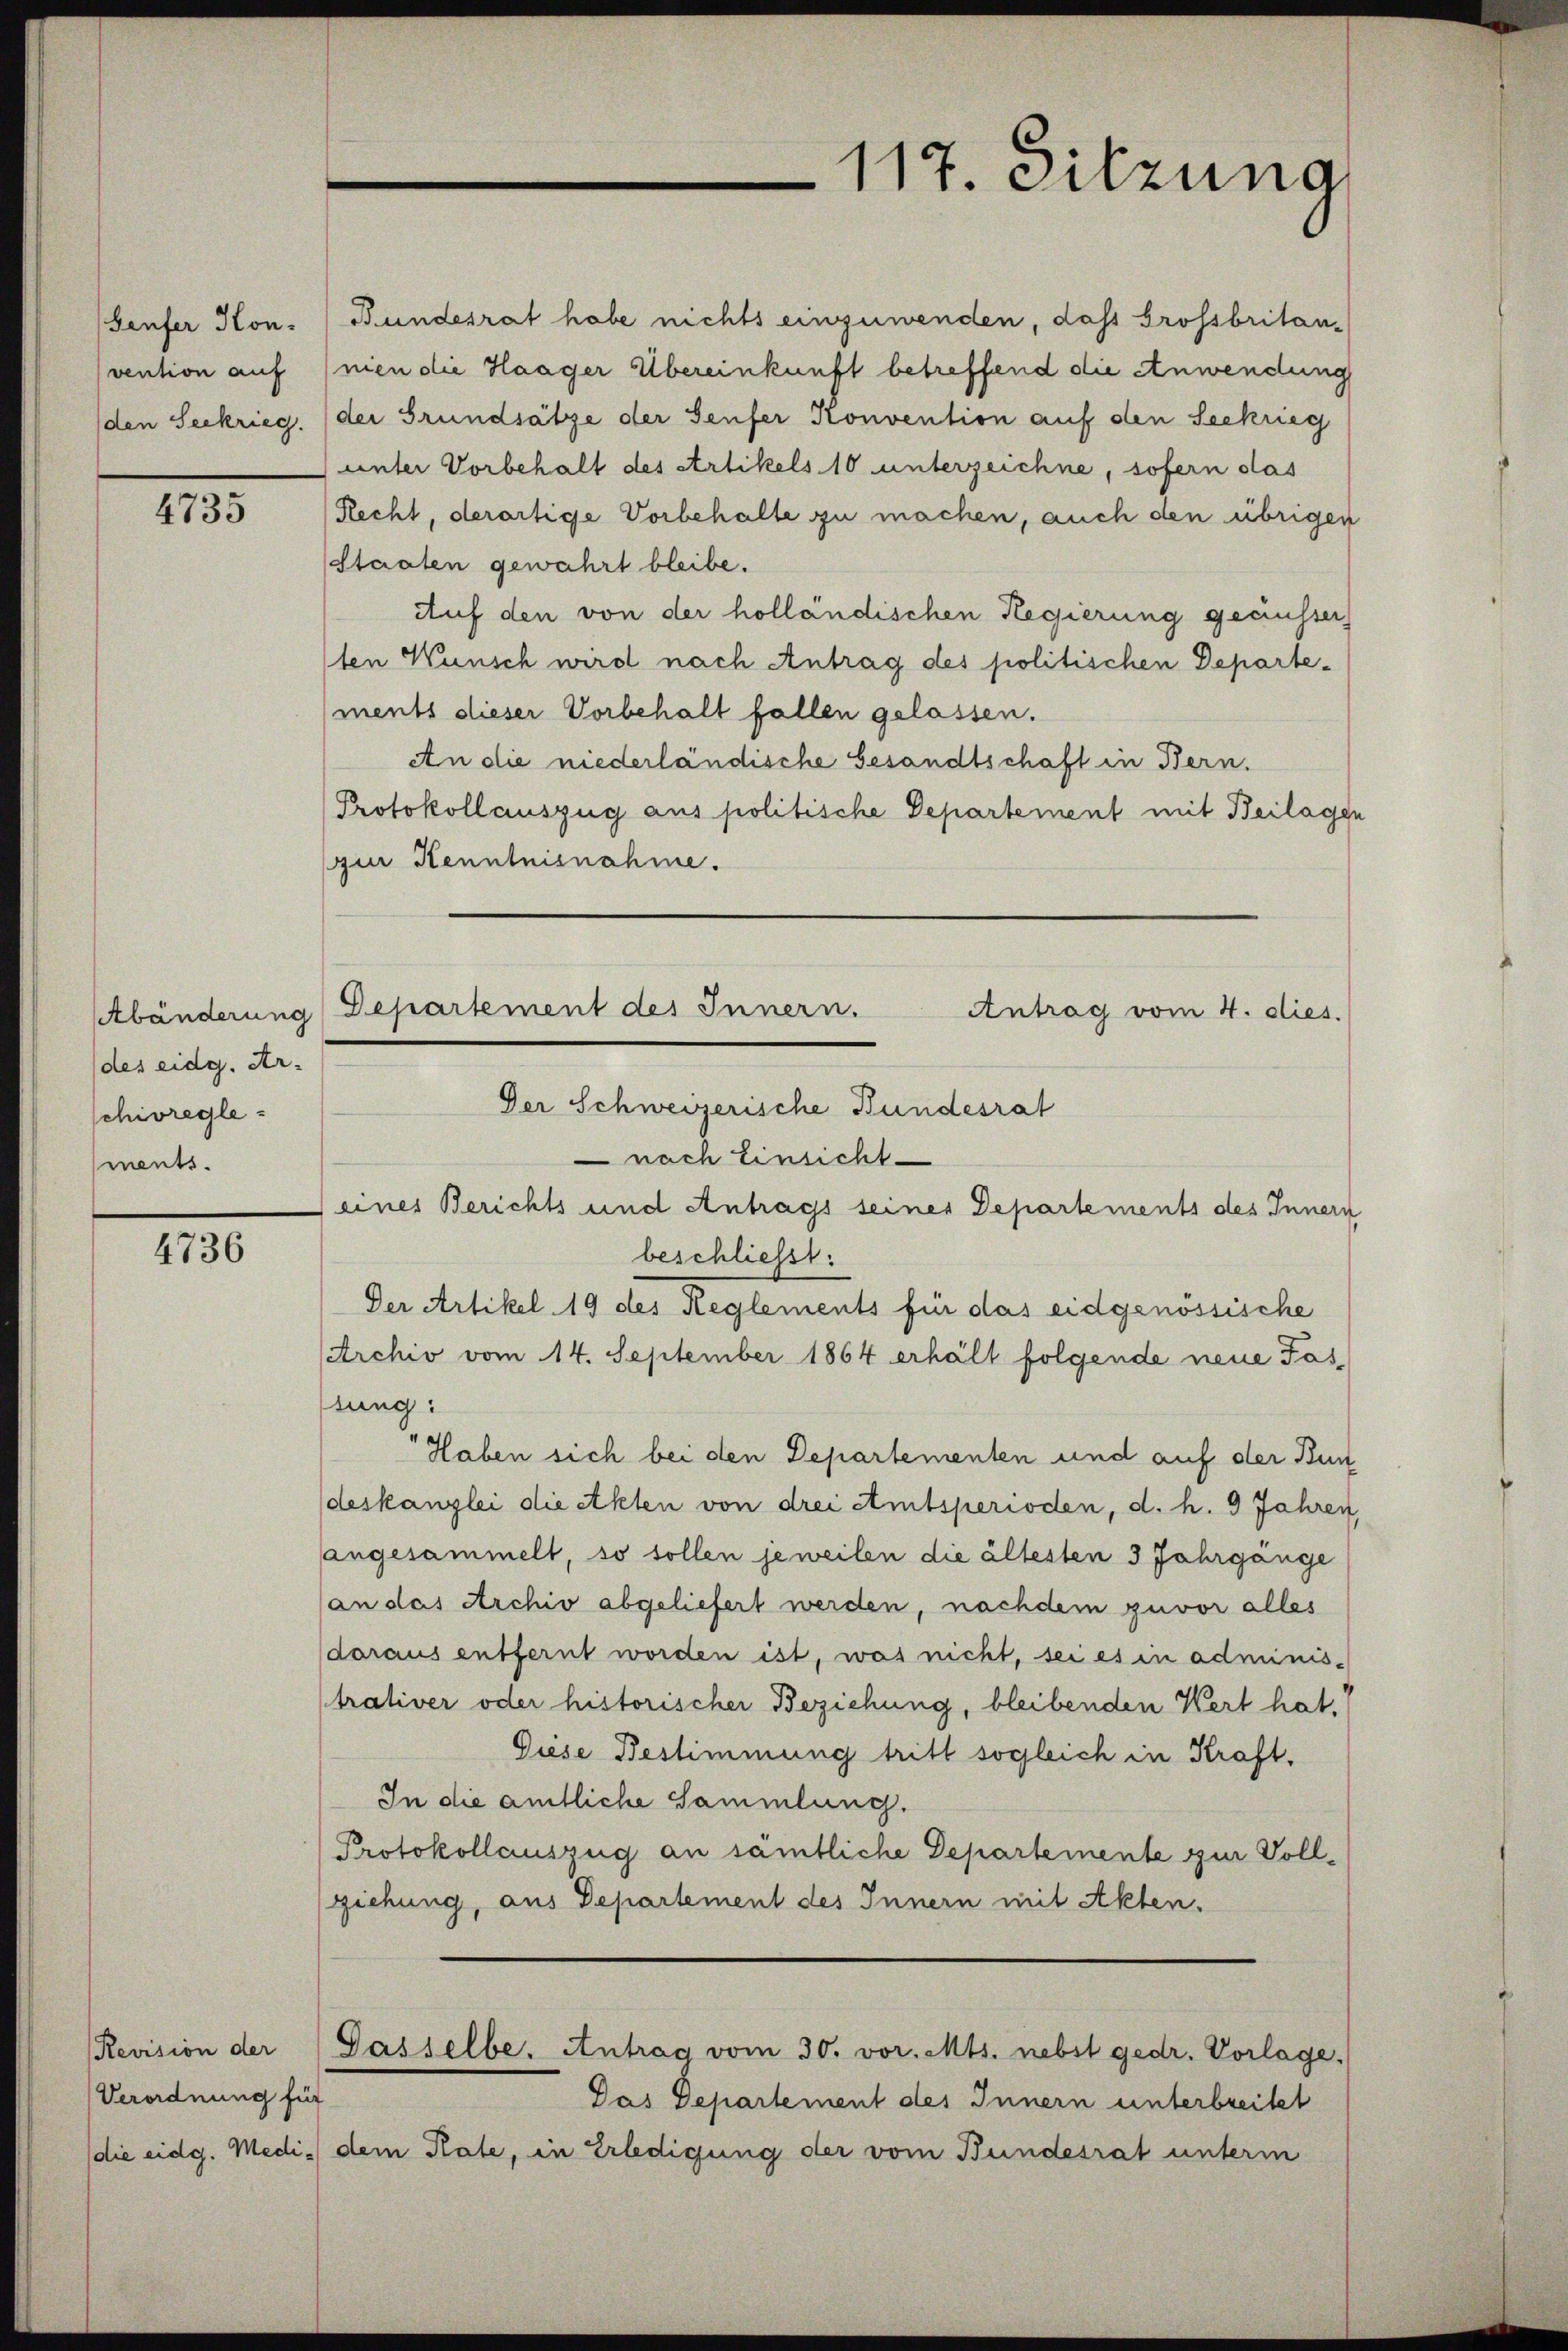
Geufer Kon-
vention auf
(den Seekrieg.

4735

(des eidg. Ar-
schivreglements.

4736

Revision der
Verordnung für
die eidg. Medi¬

117. Sitzung

Bundesrat habe nichts einzuwenden, dass brossbritannien die Haager Übereinkunft betreffend die Anwendung
der Grundsätze der Seufer Konvention auf den Seekrieg
unter Vorbehalt des Artikels 10 unterzeichne, sofern das
Recht, derartige Vorbehalte zu machen, auch den übrige
Staaten gewahrt bleibe.
Auf den von der holländischen Regierung geäusser
ten Wunsch wird nach Antrag des politischen Departements dieser Vorbehalt fallen gelassen.
An die niederländische Gesandtschaft in Bern.
Protokollauszug aus politische Departement mit Beilag
zur Kenntnisnahme.
Der Schweizerische Bundesrat
nach Einsicht
eines Berichts und Antrags seines Departements des Inner
beschließt:
Der Artikel 19 des Reglements für das eidgenössische
Archiv vom 14. September 1864 erhält folgende neue Fas-
sung:
Haben sich bei den Departementen und auf der Bu
deskanzlei die Akten von drei Amtsperioden, d. h. 9 Jahre
angesammelt, so sollen jeweilen die ältesten 3 Jahrgänge
an das Archiv abgeliefert werden, nachdem zuvor alles
daraus entfernt worden ist, was nicht, sei es in adminis-
trativer oder historischer Beziehung, bleibenden Wert hat.
Diese Bestimmung tritt sogleich in Kraft.
In die amtliche Sammlung.
Protokollauszug an sämtliche Departemente zur Vollziehung, aus Departement des Innern mit Akten.
Gasselbe. Antrag vom 30. vor. Mts. nebst gedr. Vorlage.
Das Departement des Innern unterbreitet
dem Rate, in Erledigung der vom Bundesrat unterm

Abänderung Departement des Innern.
Antrag vom 4. dies